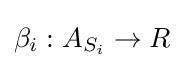
\beta _{i}:A_{S_{i}}\rightarrow R